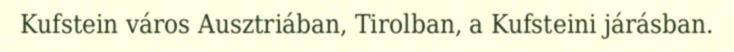
Kufstein város Ausztriában, Tirolban, a Kufsteini járásban.